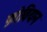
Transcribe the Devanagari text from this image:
फ़ोवियन